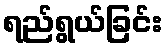
ရည်ရွယ်ခြင်း